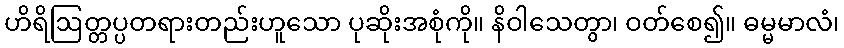
ဟိရိဩတ္တပ္ပတရားတည်းဟူသော ပုဆိုးအစုံကို။ နိဝါသေတွာ၊ ဝတ်စေ၍။ ဓမ္မမာလံ၊